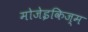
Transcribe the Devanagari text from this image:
मोजेइकिज्म